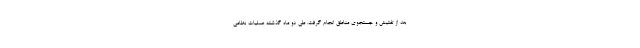
بعد از تفتیش و جستجوی مناطق انجام گرفت. طی دو ماه گذشته عملیات نظامی